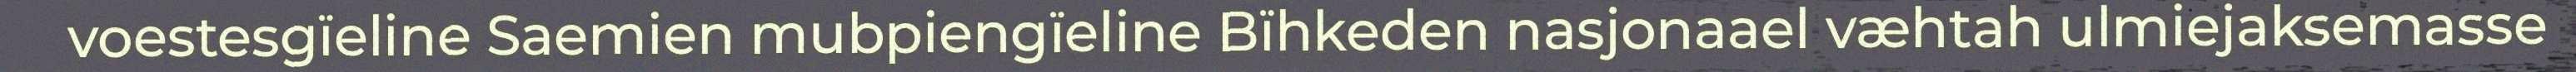
voestesgïeline Saemien mubpiengïeline Bïhkeden nasjonaael væhtah ulmiejaksemasse